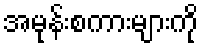
အမုန်းစကားများကို